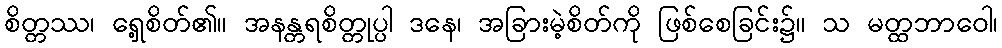
စိတ္တဿ၊ ရှေ့စိတ်၏။ အနန္တရစိတ္တုပ္ပါ ဒနေ၊ အခြားမဲ့စိတ်ကို ဖြစ်စေခြင်း၌။ သ မတ္ထဘာဝေါ၊